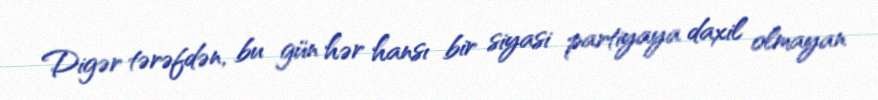
Digər tərəfdən, bu gün hər hansı bir siyasi partiyaya daxil olmayan